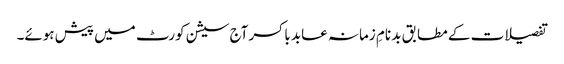
تفصیلات کے مطابق بد نامِ زمانہ عابد باکسر آج سیشن کورٹ میں پیش ہوئے۔